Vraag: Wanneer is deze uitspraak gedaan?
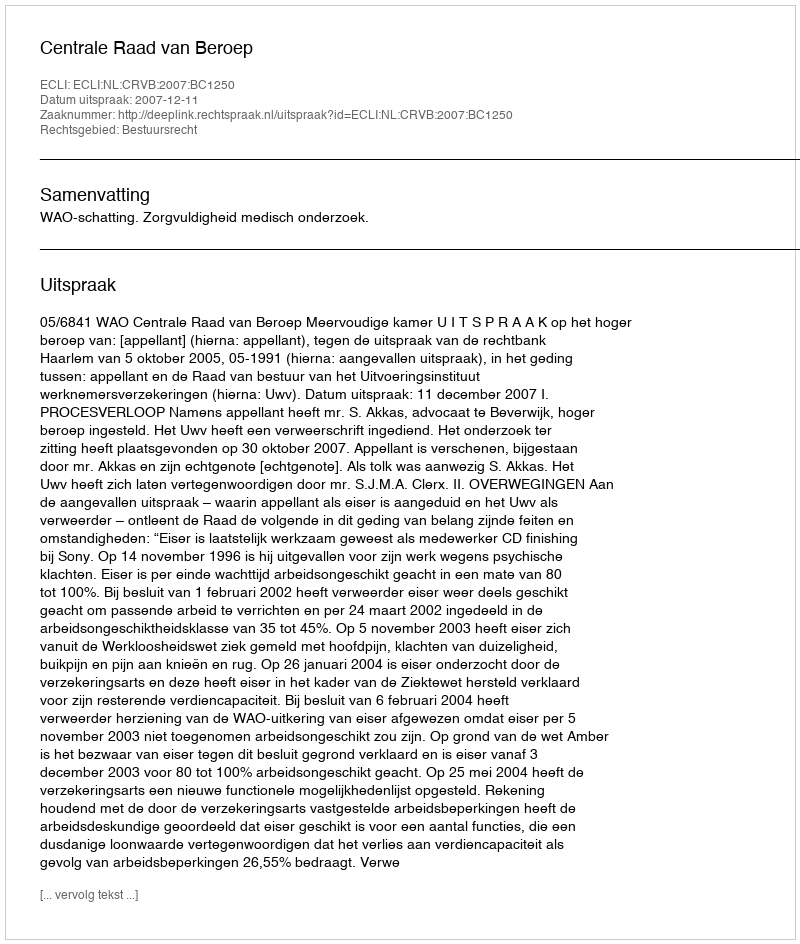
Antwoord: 2007-12-11